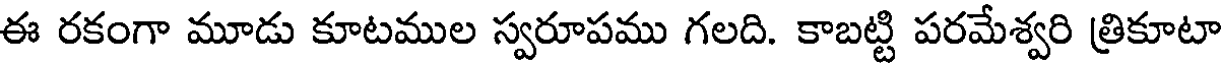
ఈ రకంగా మూడు కూటముల స్వరూపము గలది. కాబట్టి పరమేశ్వరి త్రికూటా